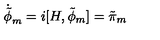
\dot { \tilde { \phi } } _ { m } = i [ H , \tilde { \phi } _ { m } ] = \tilde { \pi } _ { m }